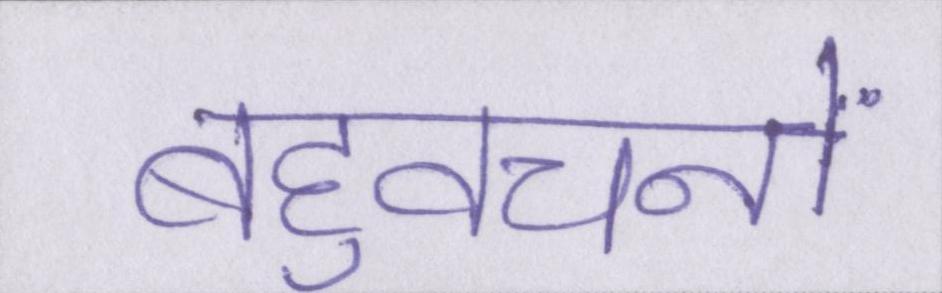
बहुवचनों